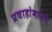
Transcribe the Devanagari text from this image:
प्रवाहांमागचे